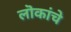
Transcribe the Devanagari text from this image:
लॊकांचे